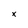
Character: x